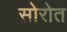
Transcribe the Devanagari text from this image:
सोरोत